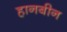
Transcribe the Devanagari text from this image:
हानबीन